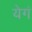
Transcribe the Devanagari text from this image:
येगं